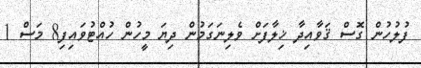
ފުލުހުން ގޮސް ޤަވާއިދާ ޚިލާފަށް ވެލިނަގަމުން ދިޔަ މީހުން ހުއްޓުވައިފި8 މަސް 1